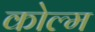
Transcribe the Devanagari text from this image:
कोल्म